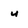
Character: u